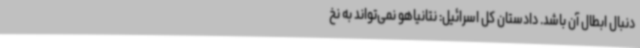
دنبال ابطال آن باشد. دادستان کل اسرائیل: نتانیاهو نمی‌تواند به نخ